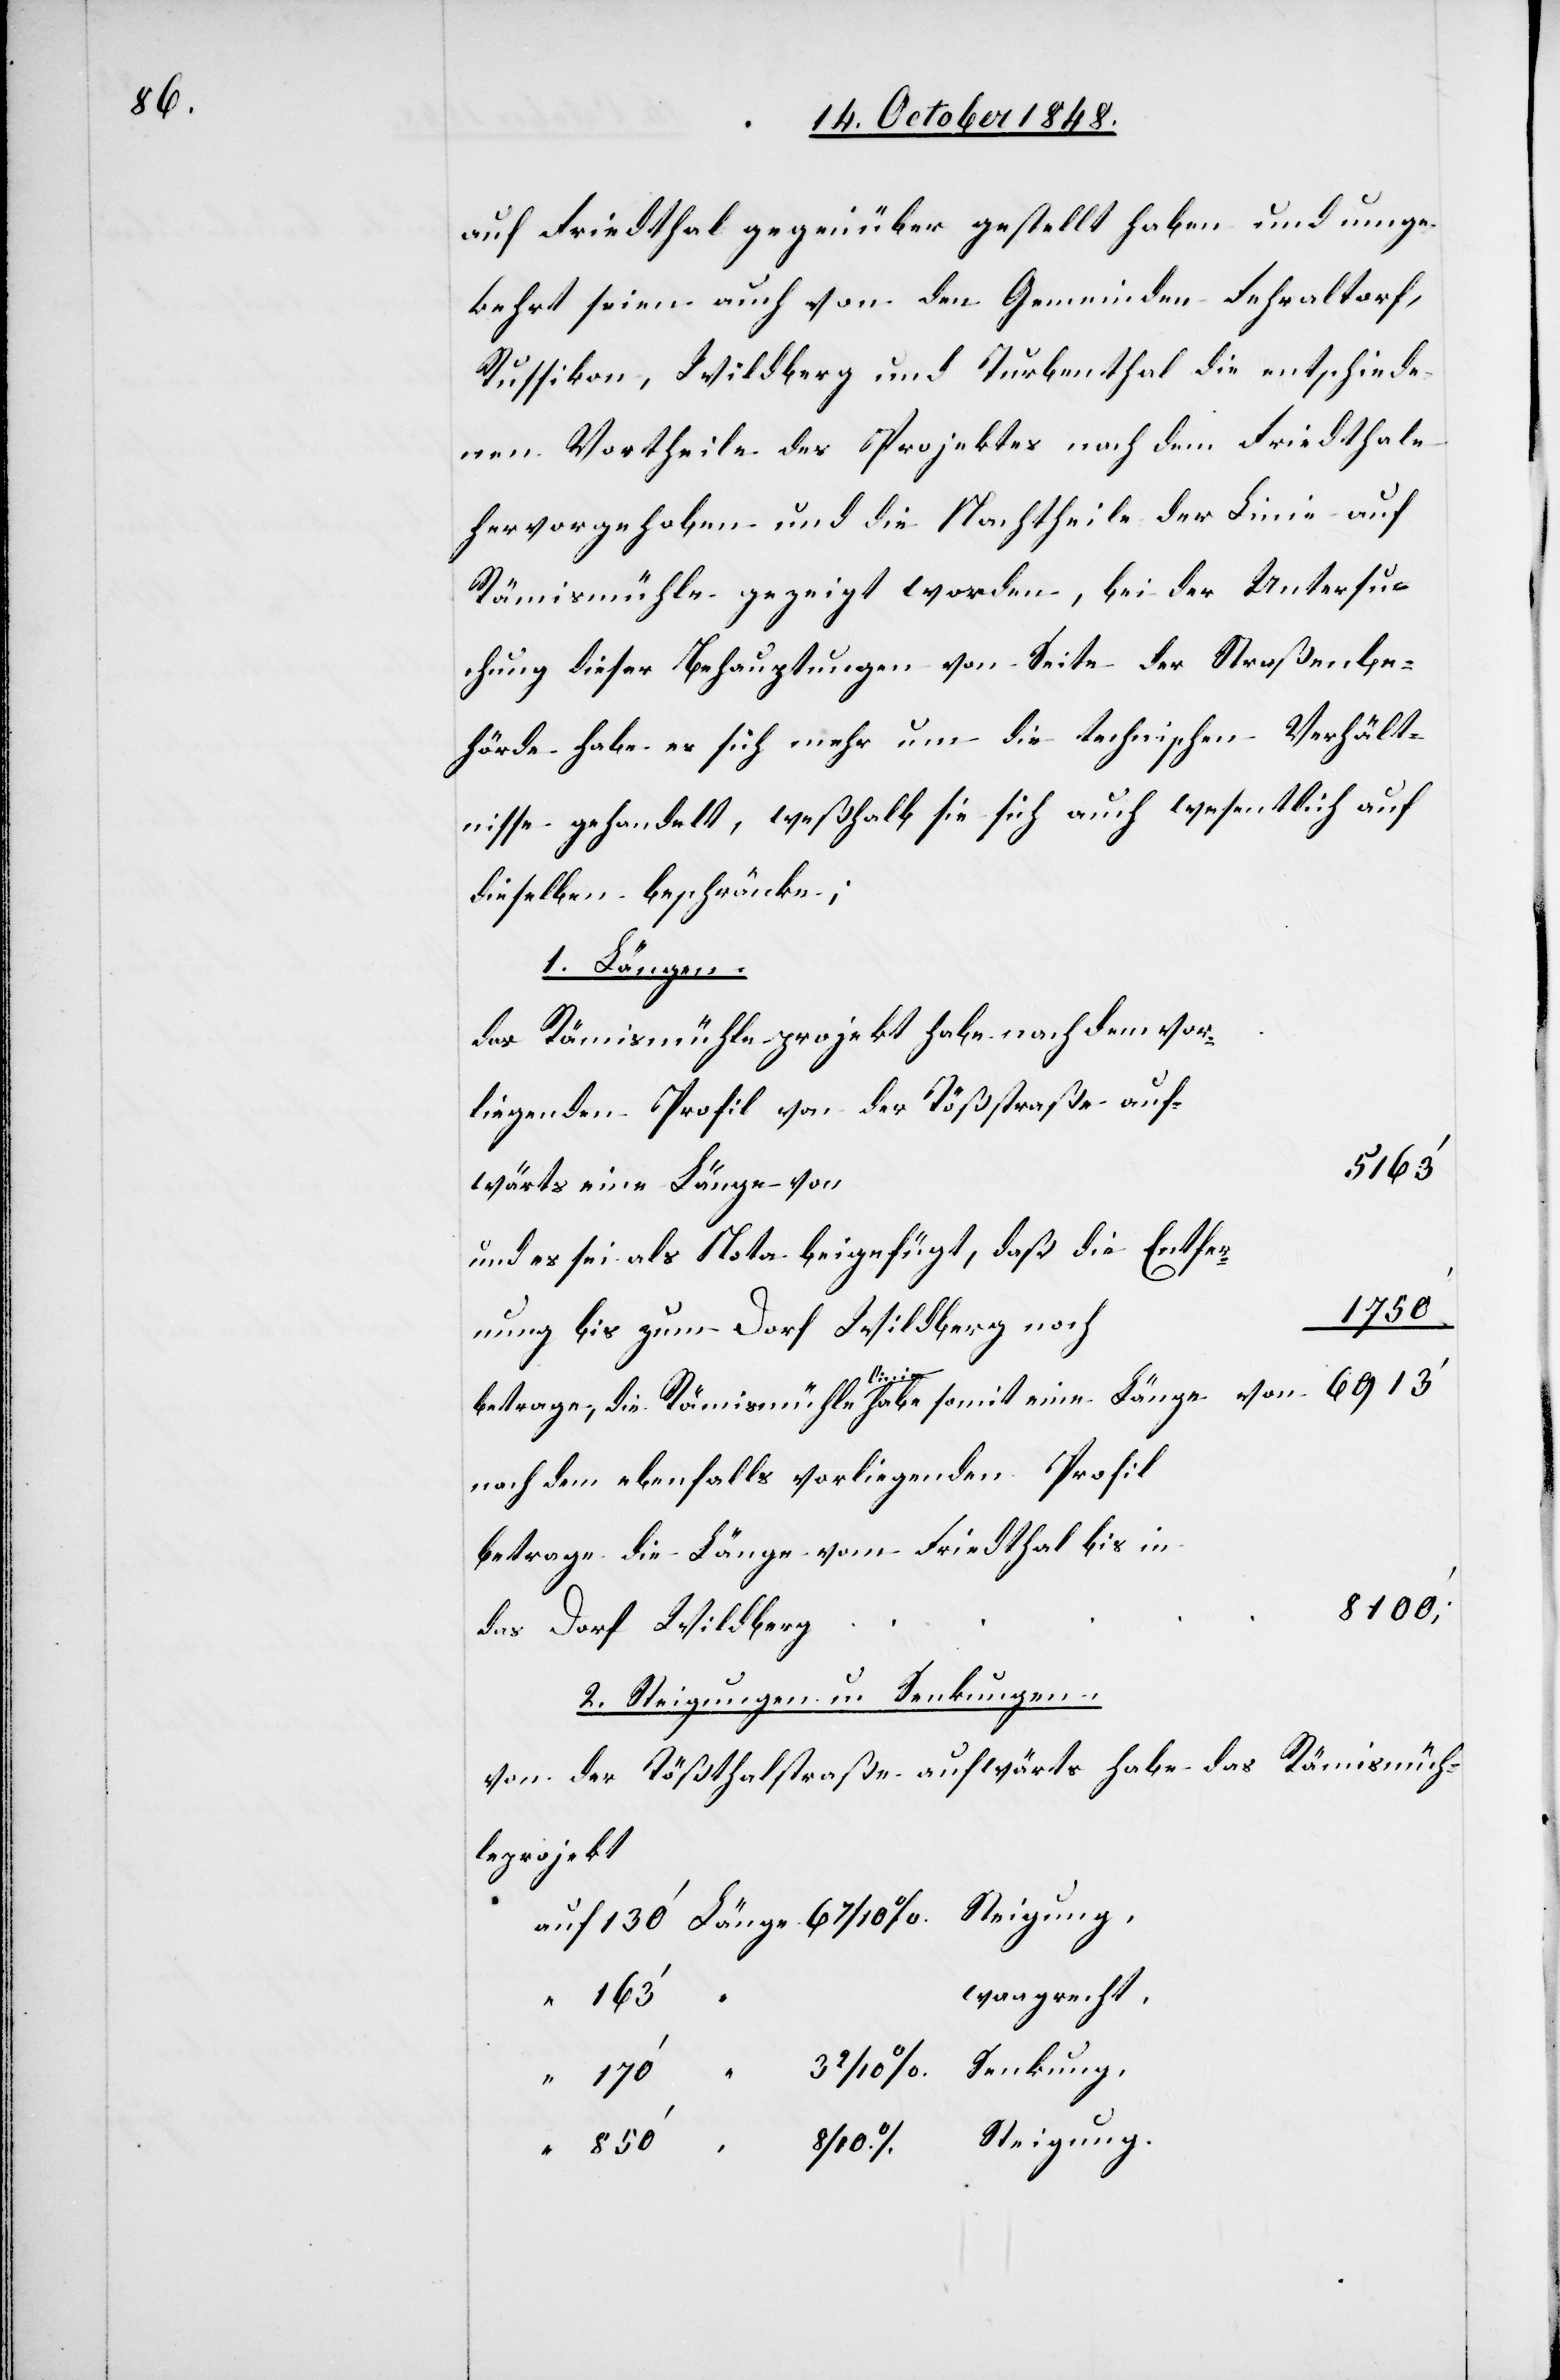
auf Friedthal gegenüber gestellt haben und umge¬
kehrt seien auch von den Gemeinden Fehraltorf,
Russikon, Wildberg und Turbenthal die entschiede¬
nen Vortheile des Projektes nach dem Friedthale
hervorgehoben und die Nachtheile der Linie auf
Rämismühle gezeigt worden, bei der Untersu¬
chung dieser Behauptungen von Seite der Straßenbe¬
hörde habe es sich mehr um die technischen Verhält¬
nisse gehandelt, weßhalb sie sich auch wesentlich auf
dieselben beschränke;
1. Länge
das Rämismühleprojekt habe nach dem vor¬
liegenden Profil von der Tößstraße auf¬
5163’
wärts eine Länge von
und es sei als Note beigefügt, daß die Entfer¬
1750’
nung bis zum Dorf Wildberg noch
betrage, die Rämismühlelinie habe somit eine Länge von
nach dem ebenfalls vorliegenden Profil
betrage die Länge von Friedthal bis in
8100’
das Dorf Wildberg
2. Steigungen u. Senkungen.
von der Tößthalstraße aufwärts habe das Rämismüh¬
leprojekt
waagrecht
Steigung